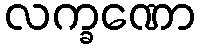
လက္ခဏော